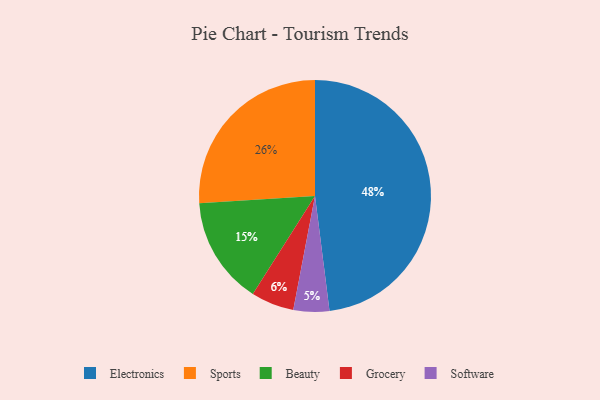
{"axis": {"x": "Category", "y": "Percentage"}, "legend": ["Beauty", "Electronics", "Grocery", "Software", "Sports"], "data": [{"x": "Software", "y": 5, "type": "Software"}, {"x": "Beauty", "y": 15, "type": "Beauty"}, {"x": "Sports", "y": 26, "type": "Sports"}, {"x": "Electronics", "y": 48, "type": "Electronics"}, {"x": "Grocery", "y": 6, "type": "Grocery"}]}